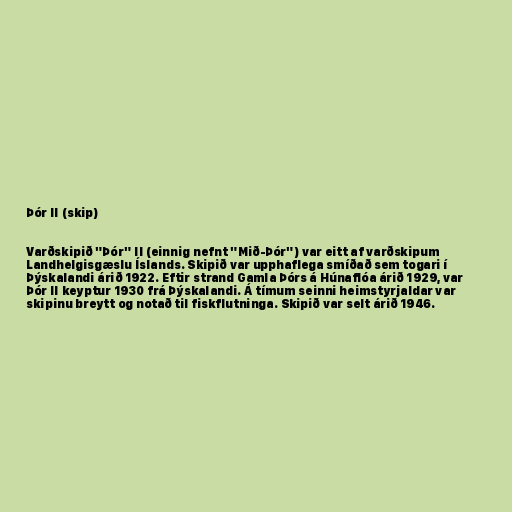
Þór II (skip)

Varðskipið "Þór" II (einnig nefnt "Mið-Þór") var eitt af varðskipum
Landhelgisgæslu Íslands. Skipið var upphaflega smíðað sem togari í
Þýskalandi árið 1922. Eftir strand Gamla Þórs á Húnaflóa árið 1929, var
Þór II keyptur 1930 frá Þýskalandi. Á tímum seinni heimstyrjaldar var
skipinu breytt og notað til fiskflutninga. Skipið var selt árið 1946.